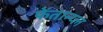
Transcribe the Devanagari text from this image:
फेंतान्य्ल